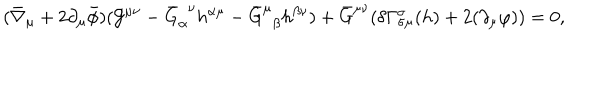
( \bar { \nabla } _ { \mu } + 2 \partial _ { \mu } \bar { \phi } ) ( { \cal G } ^ { \mu \nu } - \bar { G } _ { \alpha } ^ { ~ ~ \nu } h ^ { \alpha \mu } - \bar { G } _ { ~ ~ \beta } ^ { \mu } h ^ { \beta \nu } ) + \bar { G } ^ { \mu \nu } ( \delta \Gamma _ { \sigma \mu } ^ { \sigma } ( h ) + 2 ( \partial _ { \mu } \varphi ) ) = 0 ,